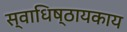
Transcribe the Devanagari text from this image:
स्वाधिष्ठायकाय